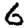
Digit: 6